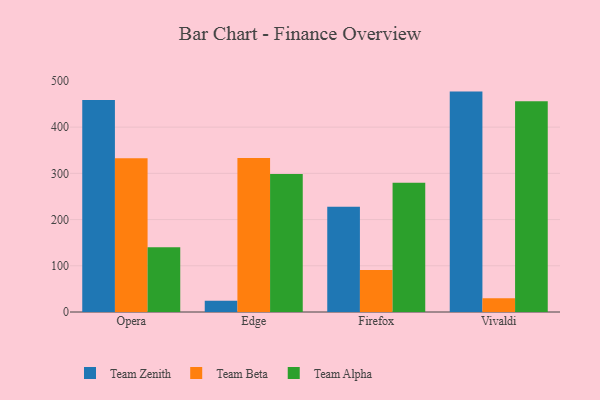
{"axis": {"x": "Browser", "y": "Conversion Rate (%)"}, "legend": ["Team Alpha", "Team Beta", "Team Zenith"], "data": [{"x": "Opera", "y": 458.6, "type": "Team Zenith"}, {"x": "Opera", "y": 332.5, "type": "Team Beta"}, {"x": "Opera", "y": 139.9, "type": "Team Alpha"}, {"x": "Edge", "y": 24.1, "type": "Team Zenith"}, {"x": "Edge", "y": 333.2, "type": "Team Beta"}, {"x": "Edge", "y": 298.4, "type": "Team Alpha"}, {"x": "Firefox", "y": 227.5, "type": "Team Zenith"}, {"x": "Firefox", "y": 90.9, "type": "Team Beta"}, {"x": "Firefox", "y": 279.8, "type": "Team Alpha"}, {"x": "Vivaldi", "y": 476.9, "type": "Team Zenith"}, {"x": "Vivaldi", "y": 29.6, "type": "Team Beta"}, {"x": "Vivaldi", "y": 456.2, "type": "Team Alpha"}]}